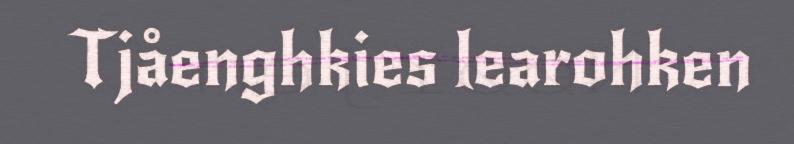
Tjåenghkies learohken